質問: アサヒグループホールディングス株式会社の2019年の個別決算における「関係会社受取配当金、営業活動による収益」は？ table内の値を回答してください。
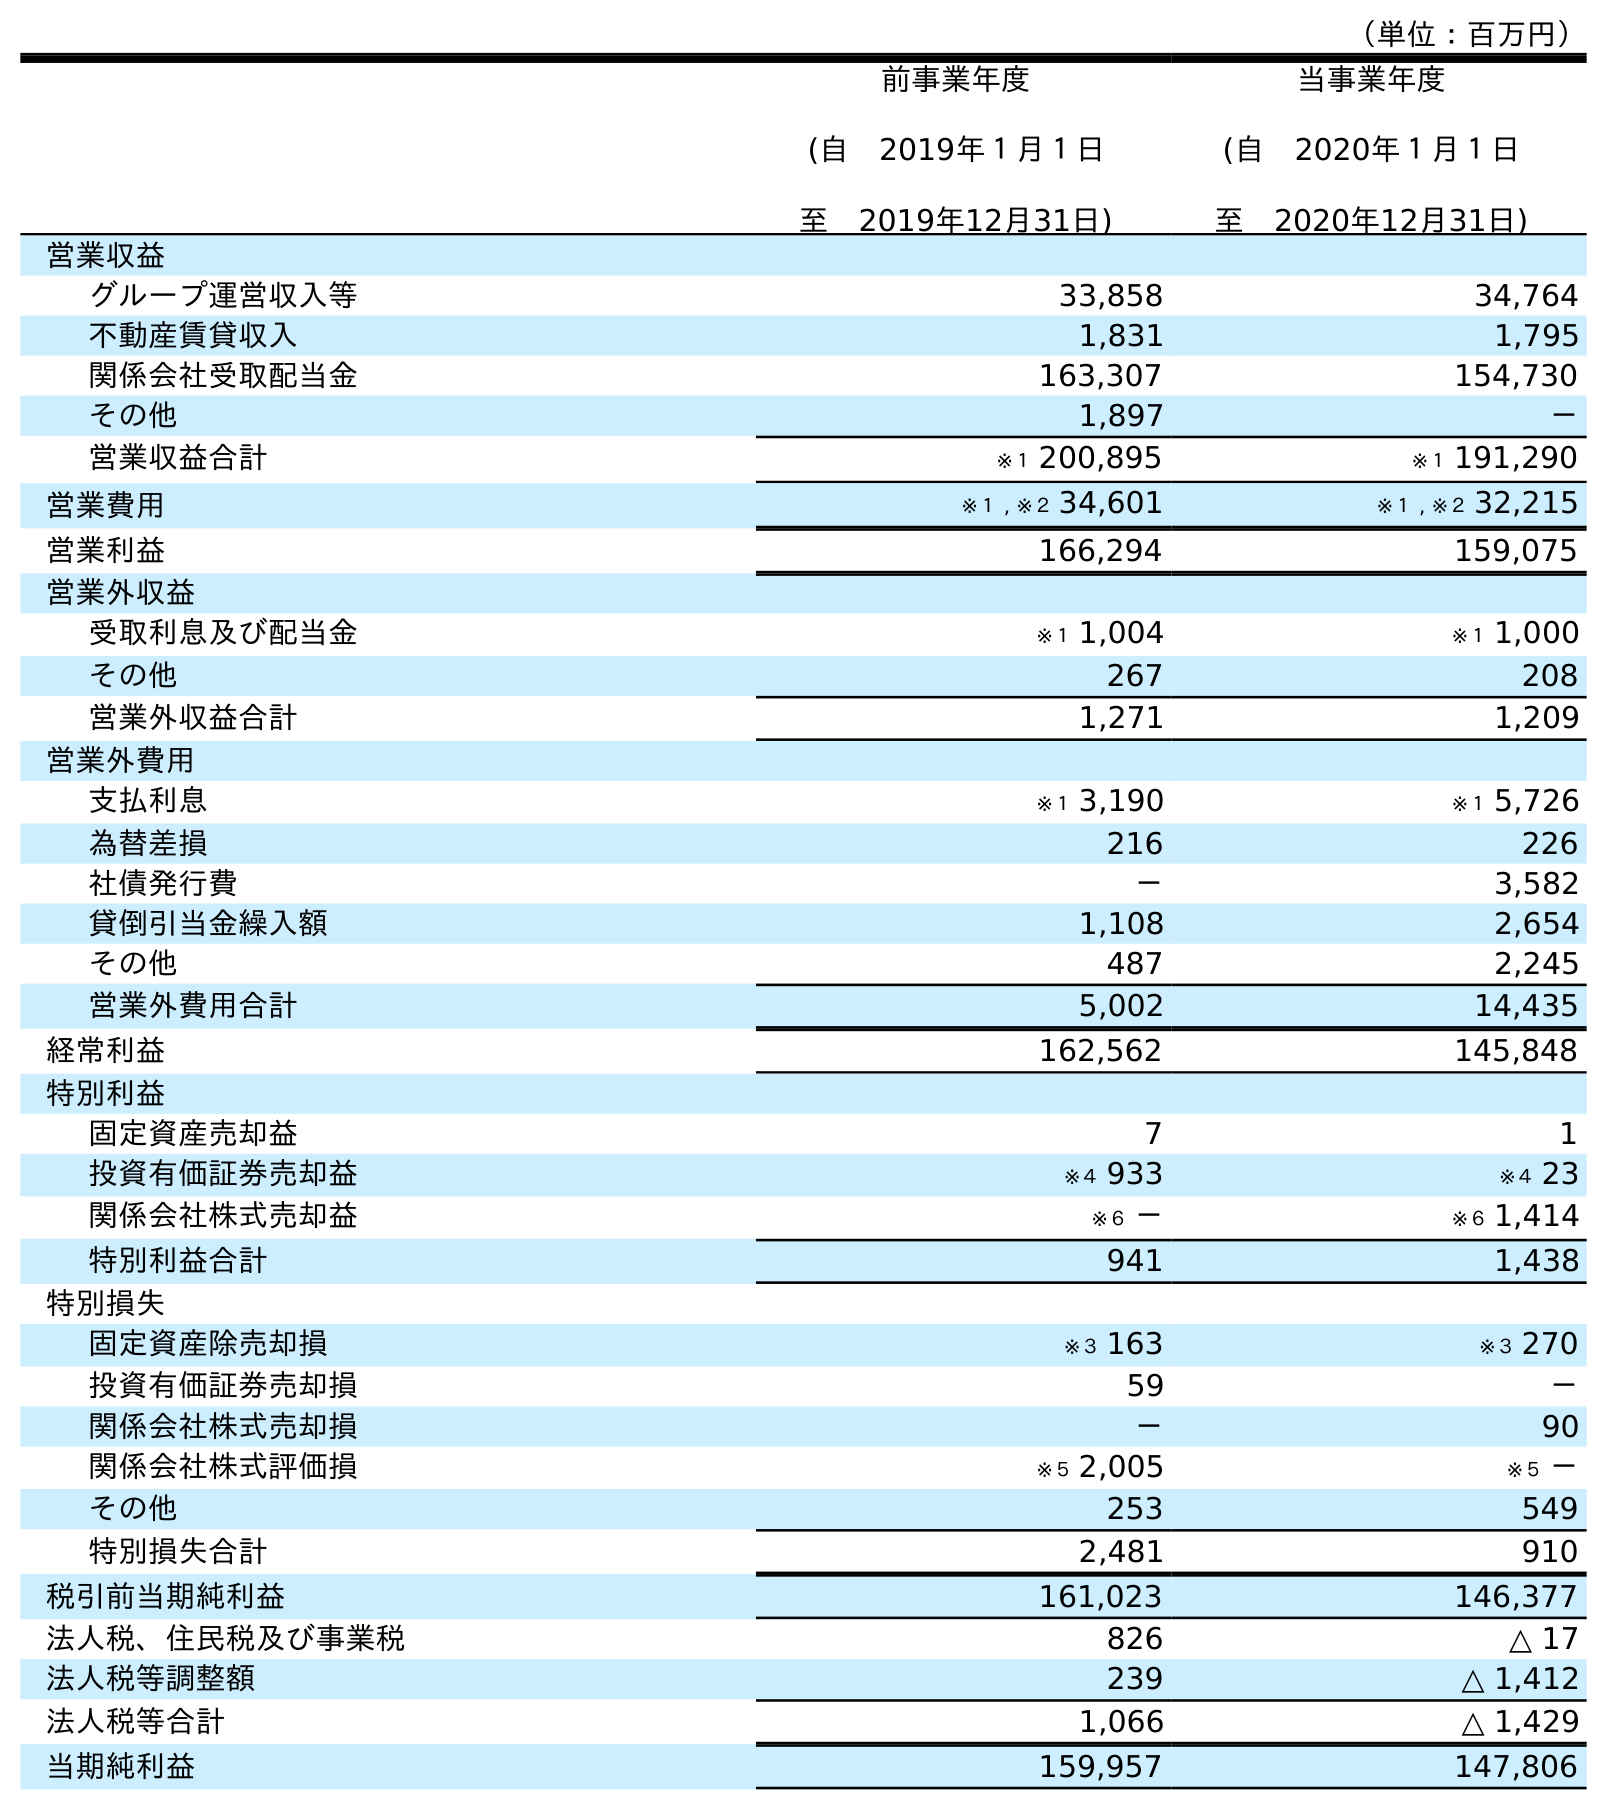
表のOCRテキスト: （単位：百万円） 前事業年度 (自 2019年１月１日 至 2019年12月31日) 当事業年度 (自 2020年１月１日 至 2020年12月31日) 営業収益 グループ運営収入等 33,858 34,764 不動産賃貸収入 1,831 1,795 関係会社受取配当金 163,307 154,730 その他 1,897 － 営業収益合計 ※１ 200,895 ※１ 191,290 営業費用 ※１ , ※２ 34,601 ※１ , ※２ 32,215 営業利益 166,294 159,075 営業外収益 受取利息及び配当金 ※１ 1,004 ※１ 1,000 その他 267 208 営業外収益合計 1,271 1,209 営業外費用 支払利息 ※１ 3,190 ※１ 5,726 為替差損 216 226 社債発行費 － 3,582 貸倒引当金繰入額 1,108 2,654 その他 487 2,245 営業外費用合計 5,002 14,435 経常利益 162,562 145,848 特別利益 固定資産売却益 7 1 投資有価証券売却益 ※４ 933 ※４ 23 関係会社株式売却益 ※６ － ※６ 1,414 特別利益合計 941 1,438 特別損失 固定資産除売却損 ※３ 163 ※３ 270 投資有価証券売却損 59 － 関係会社株式売却損 － 90 関係会社株式評価損 ※５ 2,005 ※５ － その他 253 549 特別損失合計 2,481 910 税引前当期純利益 161,023 146,377 法人税、住民税及び事業税 826 △ 17 法人税等調整額 239 △ 1,412 法人税等合計 1,066 △ 1,429 当期純利益 159,957 147,806
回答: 163,307